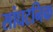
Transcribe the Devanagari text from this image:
सांघटनिक